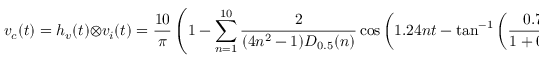
v _ { c } ( t ) = h _ { v } ( t ) \otimes v _ { i } ( t ) = \frac { 1 0 } { \pi } \left( 1 - \sum _ { n = 1 } ^ { 1 0 } \frac { 2 } { ( 4 n ^ { 2 } - 1 ) D _ { 0 . 5 } ( n ) } \cos \left( 1 . 2 4 n t - \tan ^ { - 1 } \left( \frac { 0 . 7 1 \sqrt { n } } { 1 + 0 . 7 1 \sqrt { n } } \right) \right) \right)